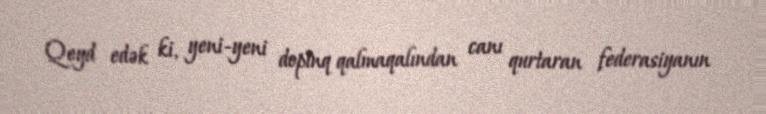
Qeyd edək ki, yeni-yeni dopinq qalmaqalından canı qurtaran federasiyanın